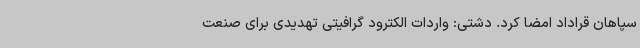
سپاهان قراداد امضا کرد. دشتی: واردات الکترود گرافیتی تهدیدی برای صنعت